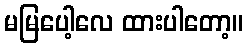
မမြပေါ့လေ ထားပါတော့။